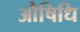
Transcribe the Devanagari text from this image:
औषिधि